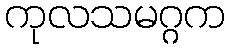
ကုလသမဂ္ဂက